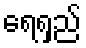
ရေရှည်